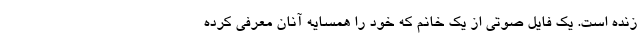
زنده است. یک فایل صوتی از یک خانم که خود را همسایه آنان معرفی کرده